Scottish Leaving Certificate Examination, 1960
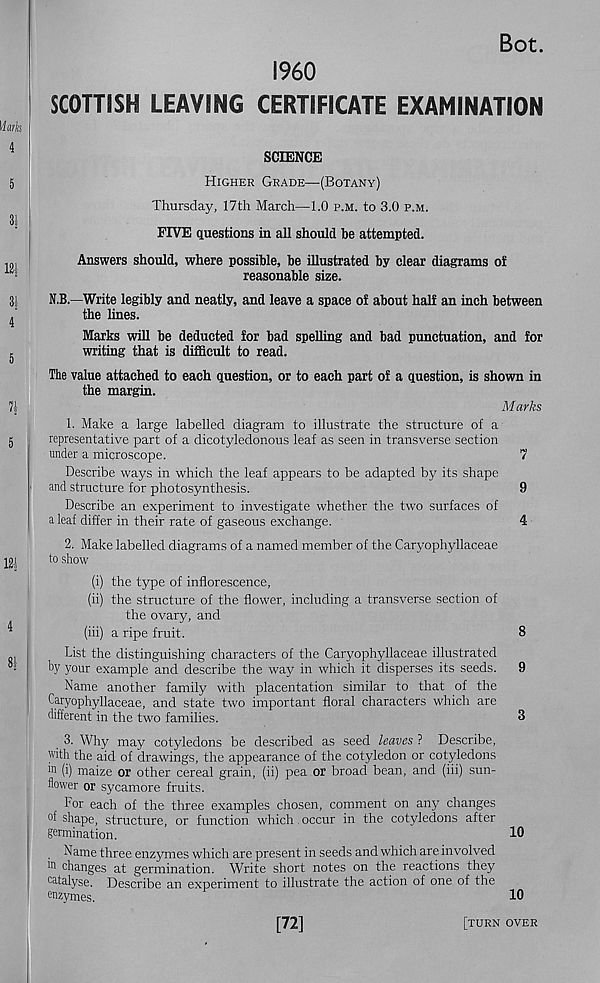
Bot.
I960
SCOTTISH LEAVING CERTIFICATE EXAMINATION
SCIENCE
Higher Grade—(Botany)
Thursday, 17th March—1.0 p.m. to 3.0 p.m.
FIVE questions in all should be attempted.
Answers should, where possible, be illustrated by clear diagrams of
reasonable size.
N.B.—Write legibly and neatly, and leave a space of about half an inch between
the lines.
Marks will be deducted for bad spelling and bad punctuation, and for
writing that is difficult to read.
The value attached to each question, or to each part of a question, is shown in
the margin.
Marks
1. Make a large labelled diagram to illustrate the structure of a
representative part of a dicotyledonous leaf as seen in transverse section
under a microscope.
7
Describe ways in which the leaf appears to be adapted by its shape
and structure for photosynthesis.
9
Describe an experiment to investigate whether the two surfaces of
a leaf differ in their rate of gaseous exchange.
4
2. Make labelled diagrams of a named member of the Caryophyllaceae
to show
(i) the type of inflorescence,
(ii) the structure of the flower, including a transverse section of
the ovary, and
(iii) a ripe fruit.
8
List the distinguishing characters of the Caryophyllaceae illustrated
by your example and describe the way in which it disperses its seeds. 9
Name another family with placentation similar to that of the
Caryophyllaceae, and state two important floral characters which are
different in the two families.
3
3. Why may cotyledons be described as seed leaves ? Describe,
with the aid of drawings, the appearance of the cotyledon or cotyledons
(i) maize or other cereal grain, (ii) pea or broad bean, and (iii) sun-
flower or sycamore fruits.
For each of the three examples chosen, comment on any changes
of shape, structure, or function which. occur in the cotyledons after
germination.
10
Name three enzymes which are present in seeds and which are involved
in changes at germination. Write short notes on the reactions they
catalyse. Describe an experiment to illustrate the action of one of the
enzymes.
10
[72]
[turn over